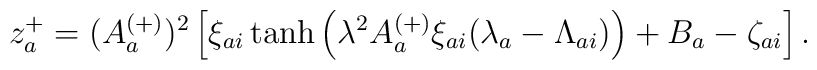
z_a^+ = (A_a^{(+)})^2 \left[ \xi_{ai} \tanh \left(  \lambda^2 A_a^{(+)} \xi_{ai} (\lambda_a - \Lambda_{ai}) \right) + B_a - \zeta_{ai}  \right].